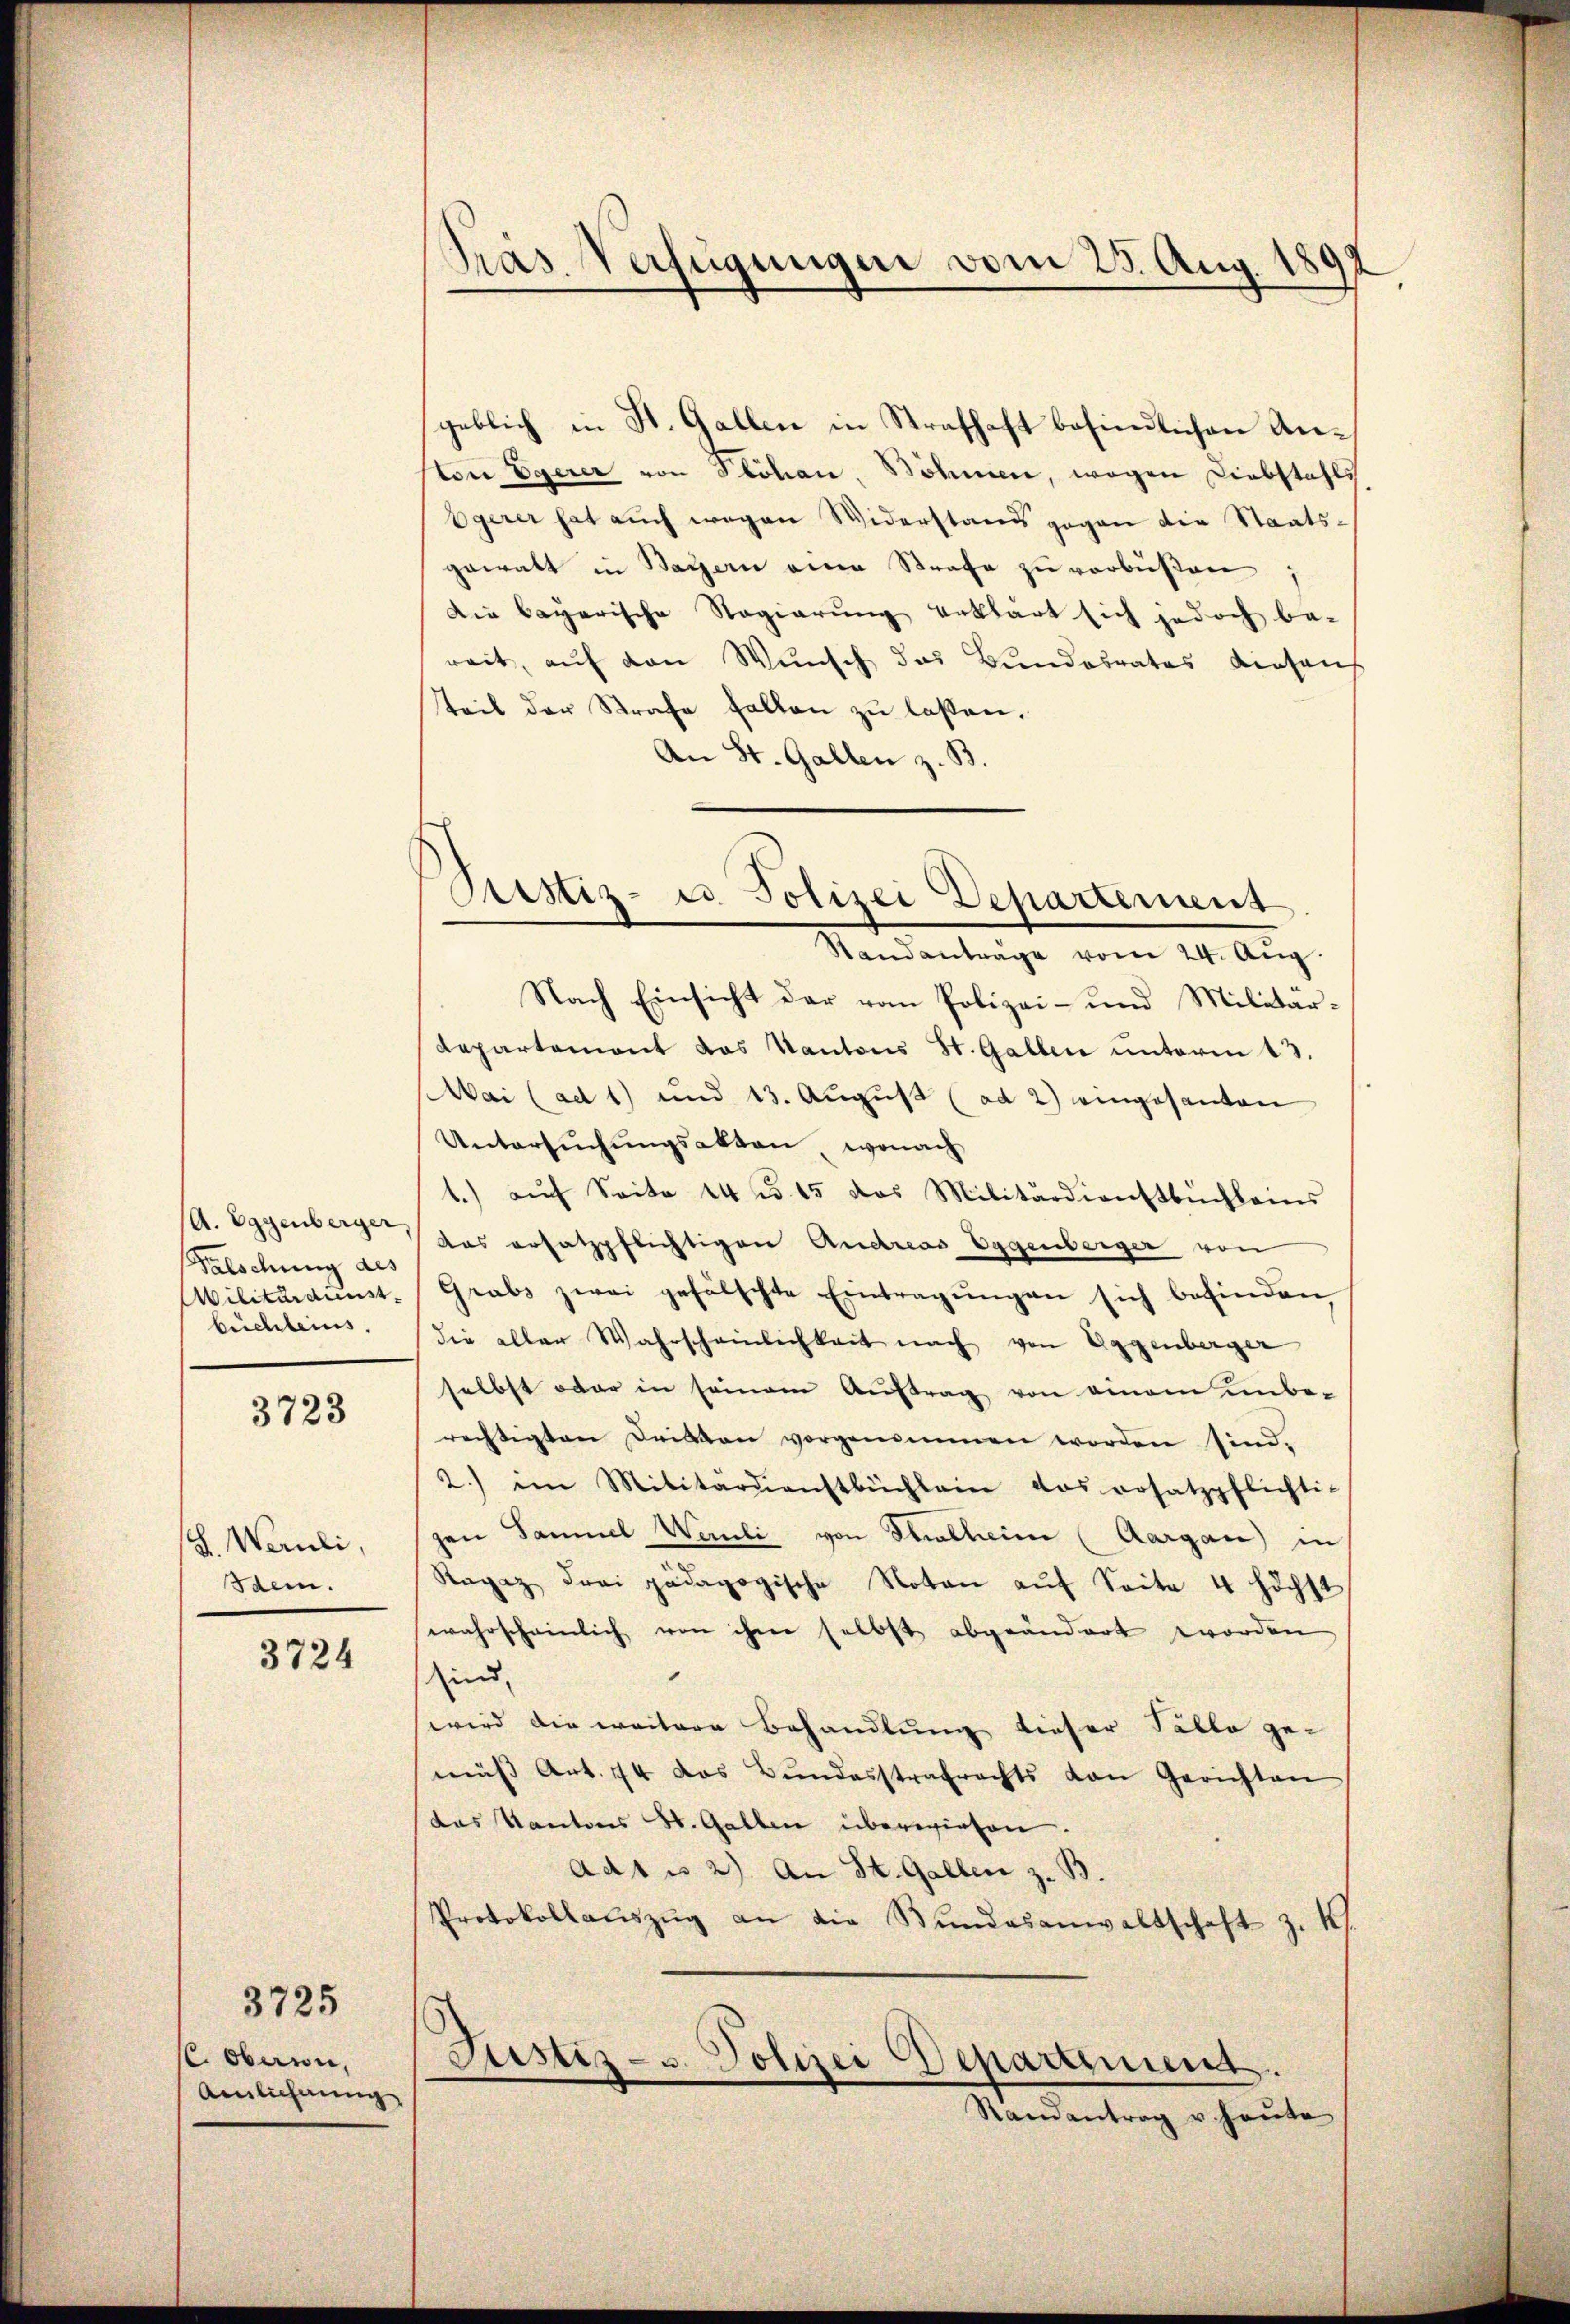
(A. Eggenberger,
Falschung des
büchleins

3723

(L. Wernli,
Schein.

3724

C. Oberren,
Aenlichnung

3725

Pras Verfügungen vom 25. Aug. 180

Pristiz- u Polizei Departement

geblich in St. Gallen in Strafhaft befindlichen Anton Egerer von Plöhan, Böhmen, wegen Diebstahls
Egerer hat auch wegen Widerstand gegen die Staatsgewalt in Sagern eine Strafe zŭ verbüßen,
Die bayerische Regierung erklärt sich jedoch be-
reit, auf den Wunsch das Bundesrates einsaus
teil der Strafe fallen zu laßen.
An St. Gallen z. B.

Standanträge vom 24. Aug.
Nach Einsicht der vom Polizei- und Militär-
departement das Kantons St. Gallen ŭnterm 13.
Mai (ad 1) und 13. August (ad 2) eingesanten
Untersuchungsakten, wonach
1.) auf Seite 14 u. 15 das Militärdienstbüchleins
das ersatzpflichtigen Andreas Eggenberger von
Militärdunst. Grabs zwei gefälschte Eintragŭngen sich befinden
die aller Wahrscheinlichkeit nach von Eggenberger
selbst oder in seinem Aŭftrag von einem unbe-
rechtigten Dritten vorgenommen worden sind.
2) im Militärdienstbüchlein das ersatzpflichti-
gen Samuel Wernli von Thalheim (Aargau) in
Ragaz drei pädagogische Noten aŭf Seite 4 höchst
wahrscheinlich von ihrer selbst abgeändert worden
sind,
wird die weitere Behandlung dieser Fälle ge-
mäβ Art. 44 das Bŭndesstrafrechts von Gerichten
das Kantons St. Gallen überwiesen.
ad1 u 2). An St. Gallen z. B.
Protokollaŭszŭg an die Bŭndesanwaltschaft z. K.
Justiz- u. Polizei Departement.
Randantrag u. heute